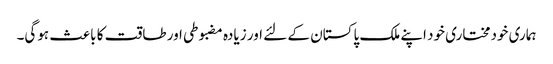
ہماری خودمختاری خود اپنے ملک پاکستان کے لئے اور زیادہ مضبوطی اور طاقت کا باعث ہوگی۔